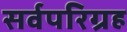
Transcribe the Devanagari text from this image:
सर्वपरिग्रह